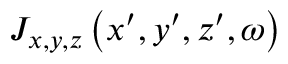
\ { J _ { x , y , z } } \left( { x ^ { \prime } , y ^ { \prime } , z ^ { \prime } , \omega } \right)